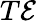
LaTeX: T\mathcal E